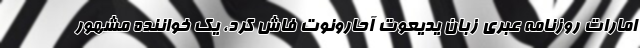
امارات روزنامه عبری زبان یدیعوت آحارونوت فاش کرد، یک خواننده مشهور